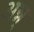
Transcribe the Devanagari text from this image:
अन्न्